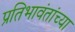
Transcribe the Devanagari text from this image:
प्रतिभावंतांच्या